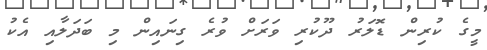
މީގެ ކުރިން ޑޮލަރު ދޫކުރި ވަރަށް ވުރެ ގިނައިން މި ބަދަލާއި އެކު